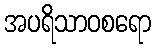
အပရိသာဝစရော